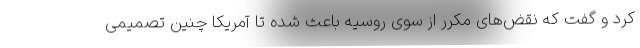
کرد و گفت که نقض‌های مکرر از سوی روسیه باعث شده تا آمریکا چنین تصمیمی